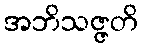
အဘိသဇ္ဇတိ